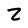
Character: Z